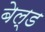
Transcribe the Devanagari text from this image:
बेल्ड